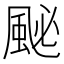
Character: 䫾